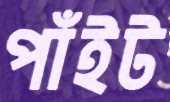
পাঁইট